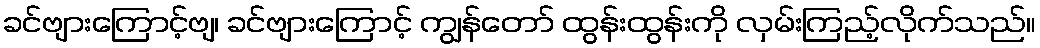
ခင်ဗျားကြောင့်ဗျ၊ ခင်ဗျားကြောင့် ကျွန်တော် ထွန်းထွန်းကို လှမ်းကြည့်လိုက်သည်။